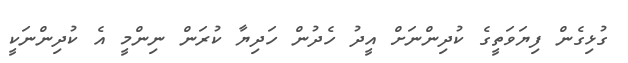
ގުޅިގެން ފިޔަވަތީގެ ކުދިންނަށް އީދު ހެދުން ހަދިޔާ ކުރަން ނިންމީ އެ ކުދިންނަކީ